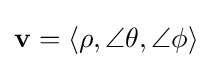
\mathbf {v} =\langle \rho ,\angle \theta ,\angle \phi \rangle